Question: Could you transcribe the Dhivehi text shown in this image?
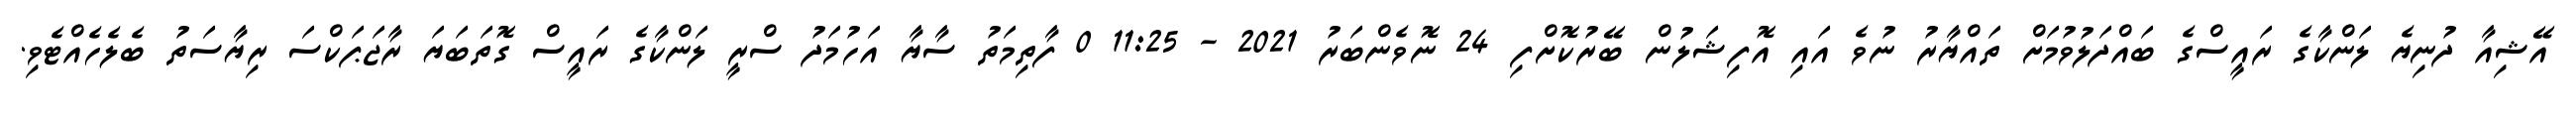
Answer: އޭޝިއާ ދުނިޔެ ލަންކާގެ ރައީސްގެ ބައްދަލުވުމަށް ތައްޔާރު ނުވެ އައި އޮފިޝަލުން ބޭރުކޮށްފި 24 ނޮވެންބަރު 2021 - 11:25 0 ފާތިމަތު ސާޔާ އަހުމަދު ސްރީ ލަންކާގެ ރައީސް ގޮތަބަޔަ ރާޖަޕަކްސަ ރިޔާސަތު ބެލެހެއްޓެވި.